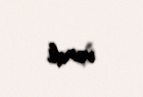
verdi.